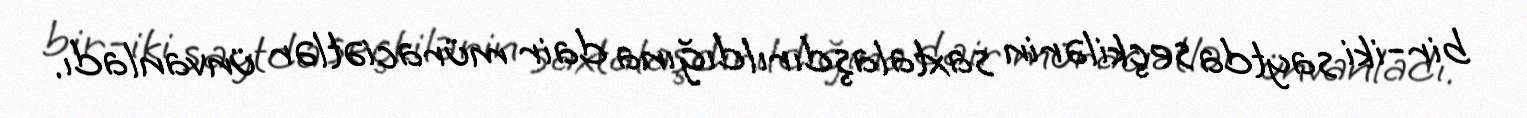
bir-iki saytda seçkilərin saxtalaşdırıldığına dair müraciətlər ünvanladı.